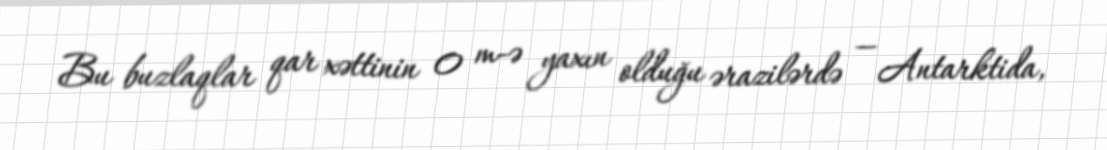
Bu buzlaqlar qar xəttinin 0 m-ə yaxın olduğu ərazilərdə — Antarktida,